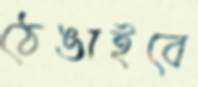
ঠেঙাইবে